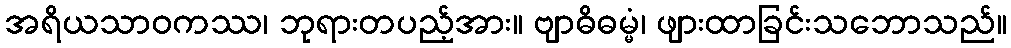
အရိယသာဝကဿ၊ ဘုရားတပည့်အား။ ဗျာဓိဓမ္မံ၊ ဖျားထာခြင်းသဘောသည်။